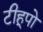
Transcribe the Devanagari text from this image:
टीहूपो